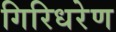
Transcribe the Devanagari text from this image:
गिरिधरेण